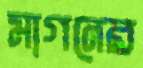
মাগনের